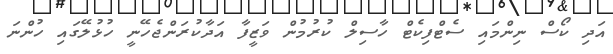
އަދި ކޯސް ނިންމައި ސެޓްފިކެޓް ހާސިލް ކުރުމުން ވަޒީފާ އަދާކުރަންޖެހޭނީ ހުޅުލޭގައި ހުންނަ